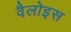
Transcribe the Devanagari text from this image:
वैलोइस